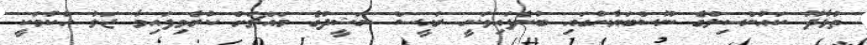
ތުޅާދޫ ކައުންސިލްގެ ނޫސްބަޔާނުގައި ބުނެފައިވަނީ ރައީސް ނަޝީދުގެ މައްޗަށް ކުރެވިފައިވާ ޖަލު ހުކުމަކީ